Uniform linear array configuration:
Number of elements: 24
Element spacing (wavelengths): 0.5
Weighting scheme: cosine
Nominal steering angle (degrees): -45
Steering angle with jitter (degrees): -46.519
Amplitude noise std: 0.05
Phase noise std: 0.05

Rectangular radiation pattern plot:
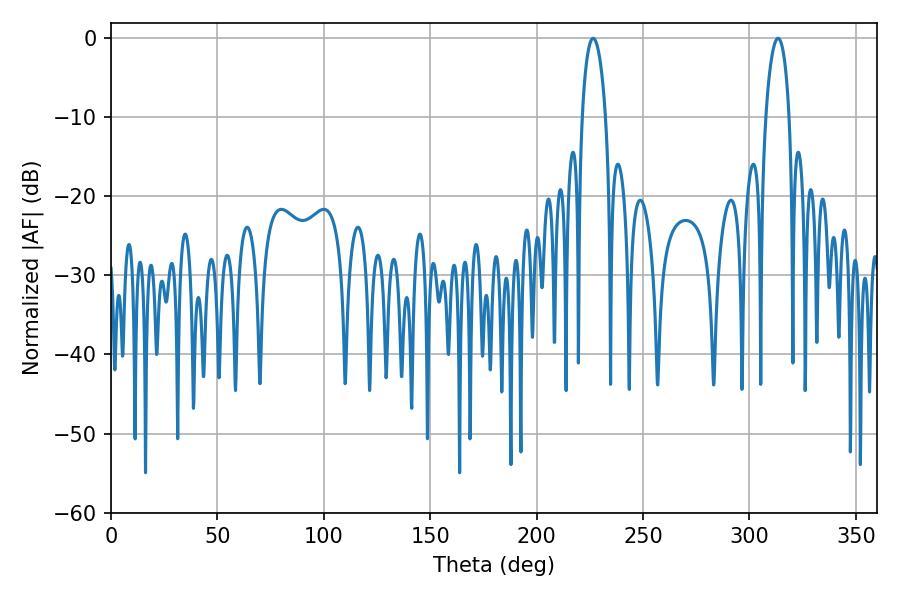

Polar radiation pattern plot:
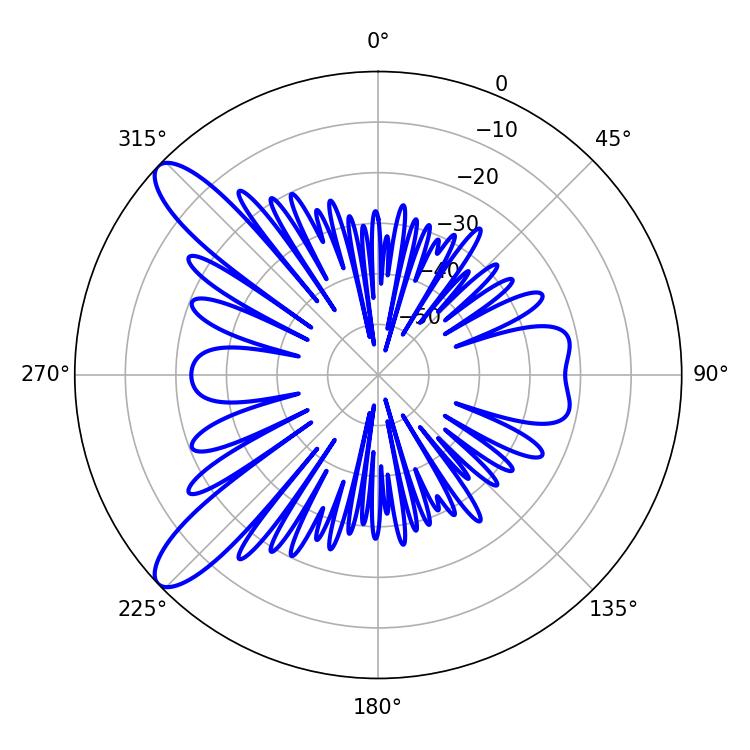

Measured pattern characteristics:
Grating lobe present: FALSE
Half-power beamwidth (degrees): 6.3
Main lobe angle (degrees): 226.62